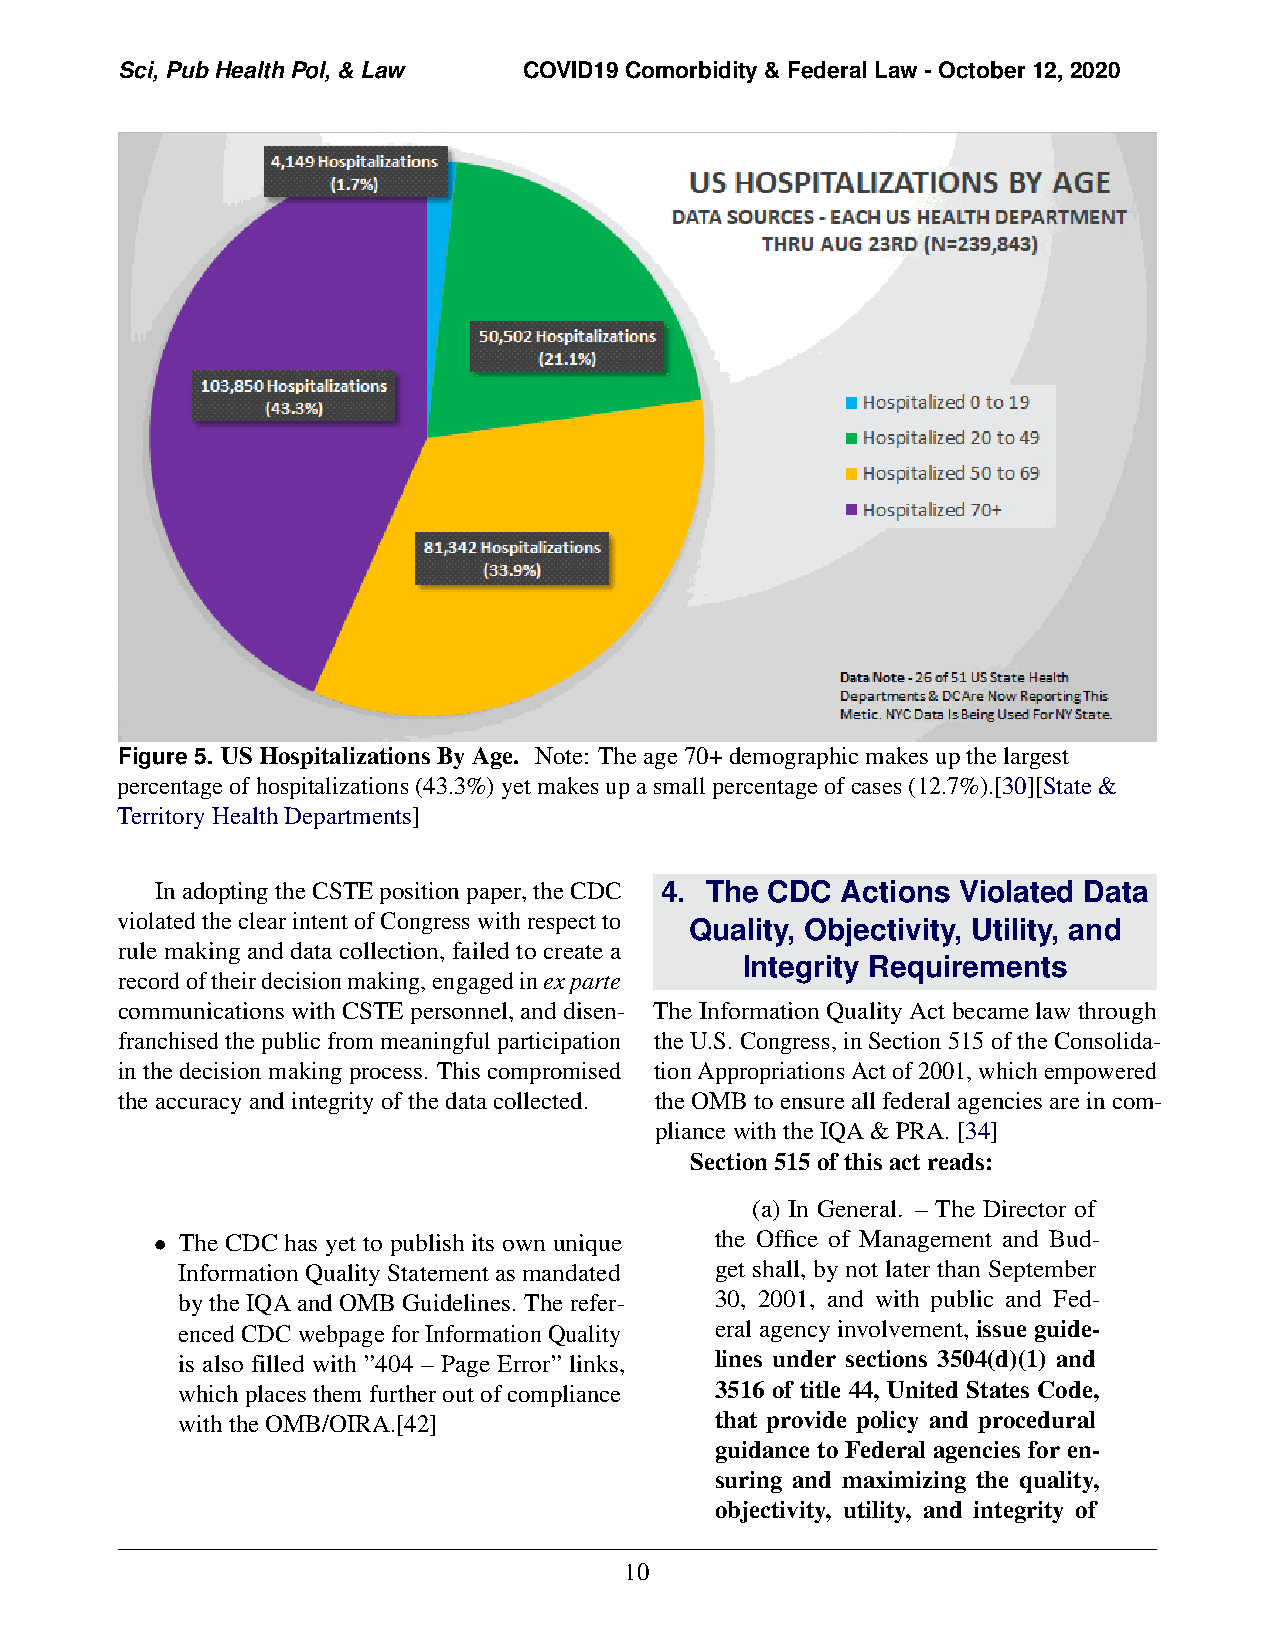
Sci, Pub Health Pol, & Law COVID19 Comorbidity & Federal Law - October 12, 2020
 Figure 5. US Hospitalizations By Age. Note: The age 70+ demographic makes up the largest
 percentage of hospitalizations (43.3%) yet makes up a small percentage of cases (12.7%).[30][State &
 Territory Health Departments]
 InadoptingtheCSTEpositionpaper,theCDC 4. The CDC Actions Violated Data
 violatedtheclearintentofCongresswithrespectto
 Quality, Objectivity, Utility, and
 rule making and data collection, failed to create a
 Integrity Requirements
 recordoftheirdecisionmaking,engagedinexparte
 communicationswithCSTEpersonnel,anddisen- The Information Quality Act became law through
 franchisedthepublicfrommeaningfulparticipation the U.S. Congress, in Section 515 of the Consolida-
 inthedecisionmakingprocess. Thiscompromised tion Appropriations Act of 2001, which empowered
 theaccuracyandintegrityofthedatacollected. the OMB to ensure all federal agencies are in com-
 pliance with the IQA & PRA. [34]
 Section515ofthisactreads:
 (a) In General. – The Director of
 • The CDC has yet to publish its own unique the Office of Management and Bud-
 Information Quality Statement as mandated get shall, by not later than September
 by the IQA and OMB Guidelines. The refer- 30, 2001, and with public and Fed-
 enced CDC webpage for Information Quality eral agency involvement, issue guide-
 is also filled with ”404 – Page Error” links, lines under sections 3504(d)(1) and
 which places them further out of compliance 3516 of title 44, United States Code,
 with the OMB/OIRA.[42]             that provide policy and procedural
 guidance to Federal agencies for en-
 suring and maximizing the quality,
 objectivity, utility, and integrity of
 10